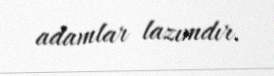
adamlar lazımdır.